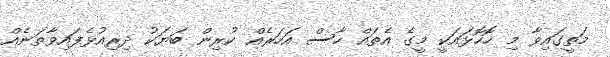
މަތީގައިވާ މި ހޮހޮޅައަކީ މީގެ އެތައް ހާސް އަހަރެއް ކުރިން ބަޔަކު ދިރިއުޅެފައިވާތަނެއް